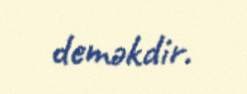
deməkdir.